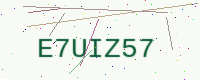
Text: E7UIZ57